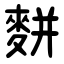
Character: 䴵